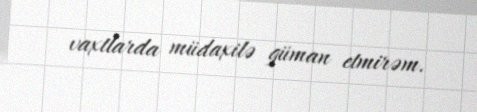
vaxtlarda müdaxilə güman etmirəm.